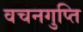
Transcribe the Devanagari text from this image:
वचनगुप्ति